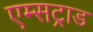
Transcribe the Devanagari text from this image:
एम्सट्राड